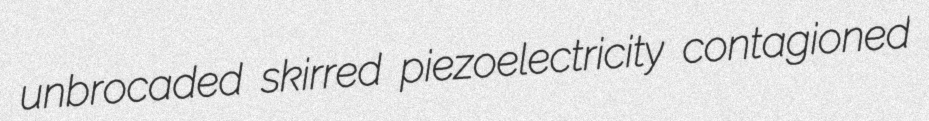
unbrocaded skirred piezoelectricity contagioned